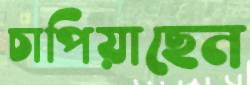
চাপিয়াছেন